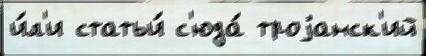
и́л'и статьи́ с'юда́ троjанск'ий